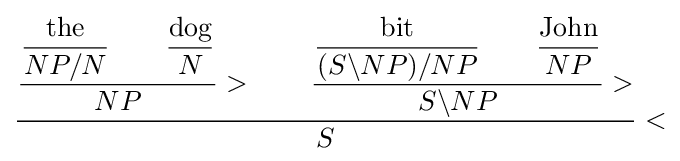
{\dfrac {{\dfrac {{\dfrac {\text{the}}{NP/N}}\qquad {\dfrac {\text{dog}}{N}}}{NP}}>\qquad {\dfrac {{\dfrac {\text{bit}}{(S\backslash NP)/NP}}\qquad {\dfrac {\text{John}}{NP}}}{S\backslash NP}}>}{S}}<